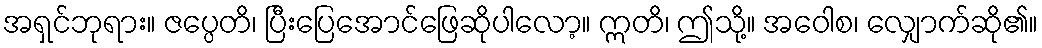
အရှင်ဘုရား။ ဇပ္ပေတိ၊ ပြီးပြေအောင်ဖြေဆိုပါလော့။ ဣတိ၊ ဤသို့။ အဝေါစ၊ လျှောက်ဆို၏။